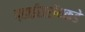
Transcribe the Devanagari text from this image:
व्हाईसरॉयकडे